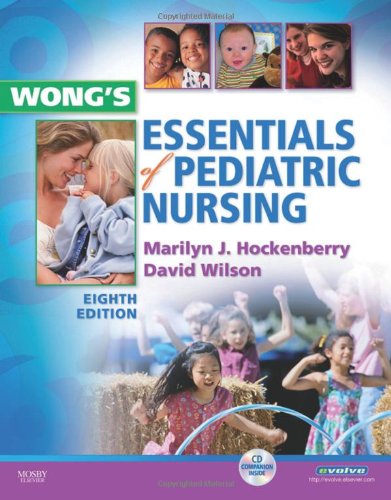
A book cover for Wong's Essentials of Pediatric Nursing, 8e; Marilyn J. Hockenberry PhD  RN  PNP-BC  FAAN; Medical Books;